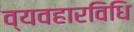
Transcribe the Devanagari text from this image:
व्यवहारविधि